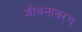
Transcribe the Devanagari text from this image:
जीवनावरच